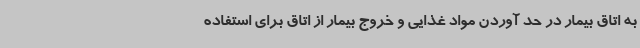
به اتاق بیمار در حد آوردن مواد غذایی و خروج بیمار از اتاق برای استفاده